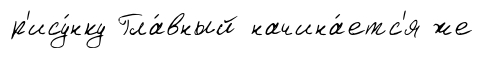
р'ису́нку Гла́вный начина́етс'я же